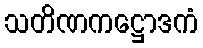
သတိဏကဋ္ဌောဒကံ